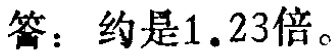
答：约是1.23倍。